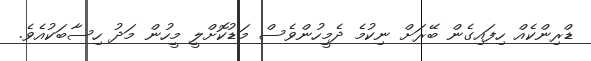
ޑްރިންކެއް ހިފައިގެން ބޭރަށް ނިކުމެ ދެމީހުންވެސް މަޑުކޮށްލީ މީހުން މަދު ހިސާބަކުއެވެ.